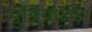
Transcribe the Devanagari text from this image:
मुंडियाखेड़ा